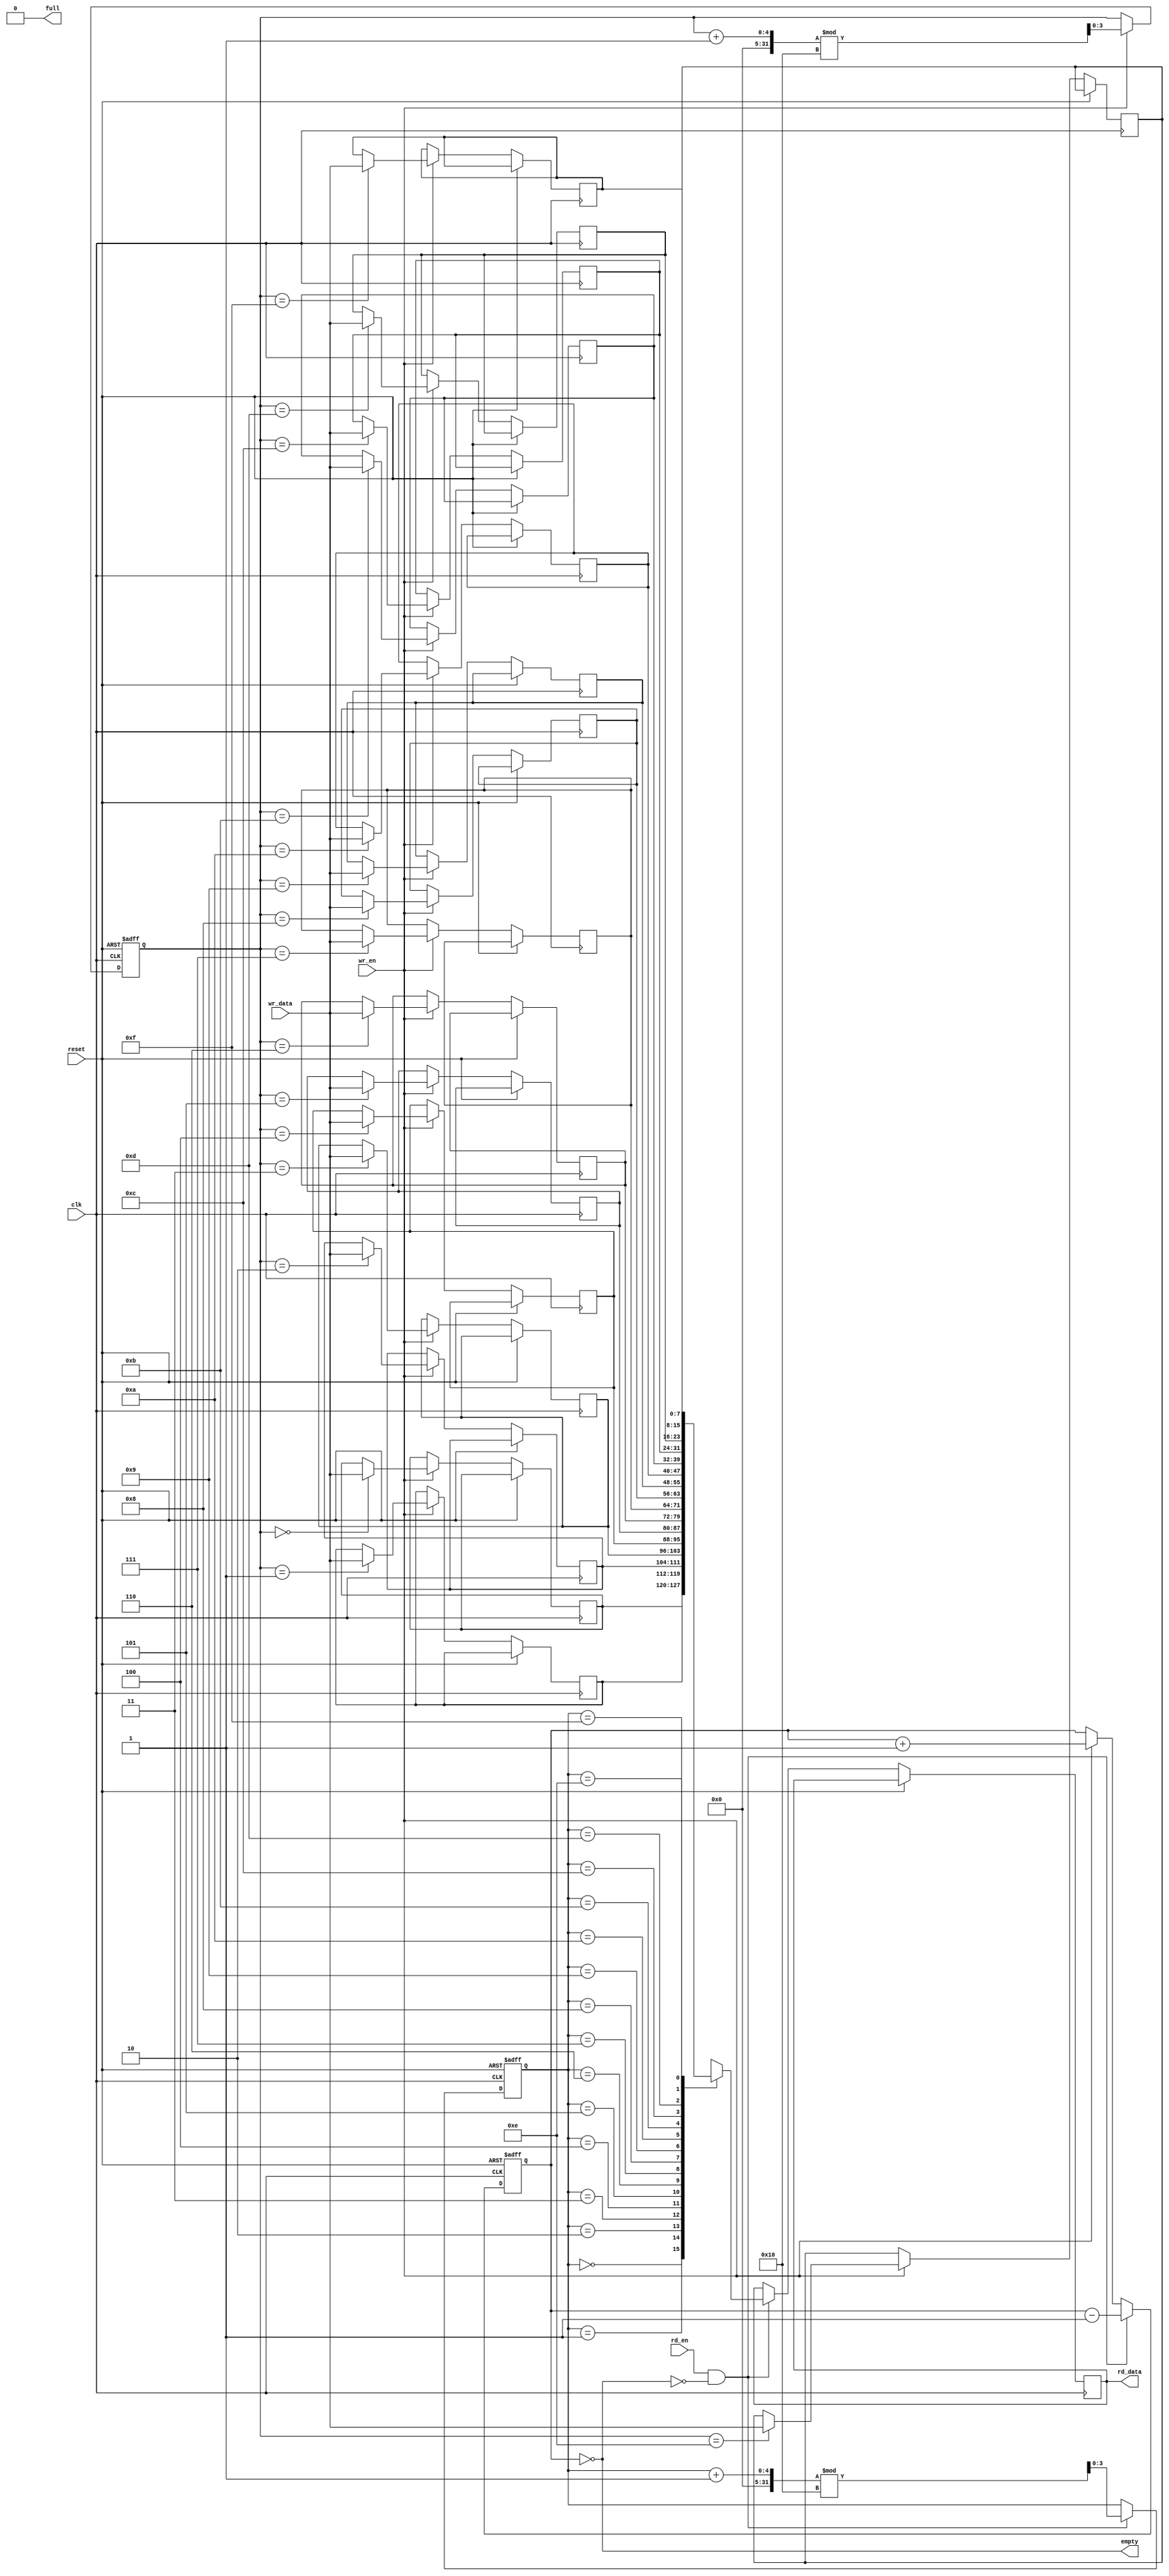
module fifo_multiport #(
    parameter DATA_WIDTH = 8,  // Width of each data entry
    parameter DEPTH = 16        // Number of FIFO entries
) (
    input wire                  clk,
    input wire                  reset,
    
    // Write Port
    input wire                  wr_en,              // Write enable
    input wire [DATA_WIDTH-1:0] wr_data,            // Data to write
    output wire                 full,               // FIFO full flag

    // Read Ports
    input wire                  rd_en,              // Read enable
    output reg [DATA_WIDTH-1:0] rd_data,            // Data read from FIFO
    output wire                 empty               // FIFO empty flag
);

    // Internal memory array
    reg [DATA_WIDTH-1:0] mem [0:DEPTH-1];
    reg [SIZE_BITS-1:0] wr_pointer;    // Write pointer
    reg [SIZE_BITS-1:0] rd_pointer;    // Read pointer
    reg [SIZE_BITS-1:0] count;          // Number of elements in FIFO

    // Calculate size bits
    localparam SIZE_BITS = $clog2(DEPTH);

    // Reset and initialization
    always @(posedge clk or posedge reset) begin
        if (reset) begin
            wr_pointer <= 0;
            rd_pointer <= 0;
            count <= 0;
        end else begin
            if (wr_en && !full) begin
                mem[wr_pointer] <= wr_data;     // Write data to memory
                wr_pointer <= (wr_pointer + 1) % DEPTH; // Circular increment
                count <= count + 1;             // Increment count
            end

            if (rd_en && !empty) begin
                rd_data <= mem[rd_pointer];     // Read data from memory
                rd_pointer <= (rd_pointer + 1) % DEPTH; // Circular increment
                count <= count - 1;             // Decrement count
            end
        end
    end

    // Full and empty flag logic
    assign full = (count == DEPTH);
    assign empty = (count == 0);

endmodule